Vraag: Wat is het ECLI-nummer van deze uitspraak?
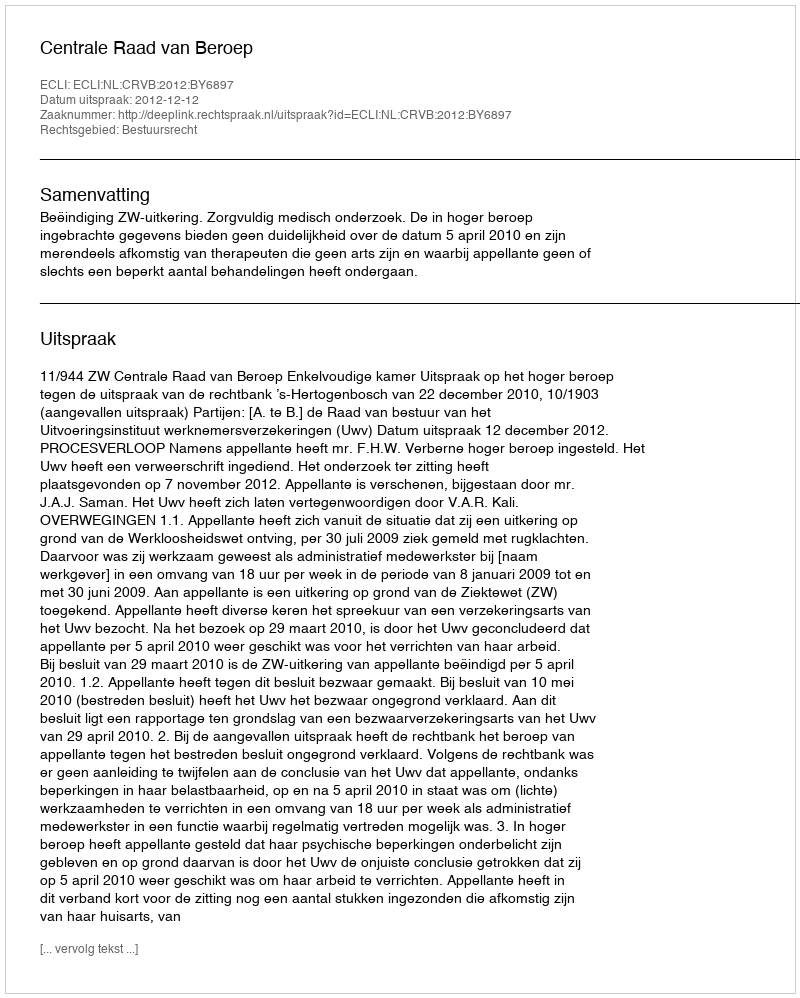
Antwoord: ECLI:NL:CRVB:2012:BY6897